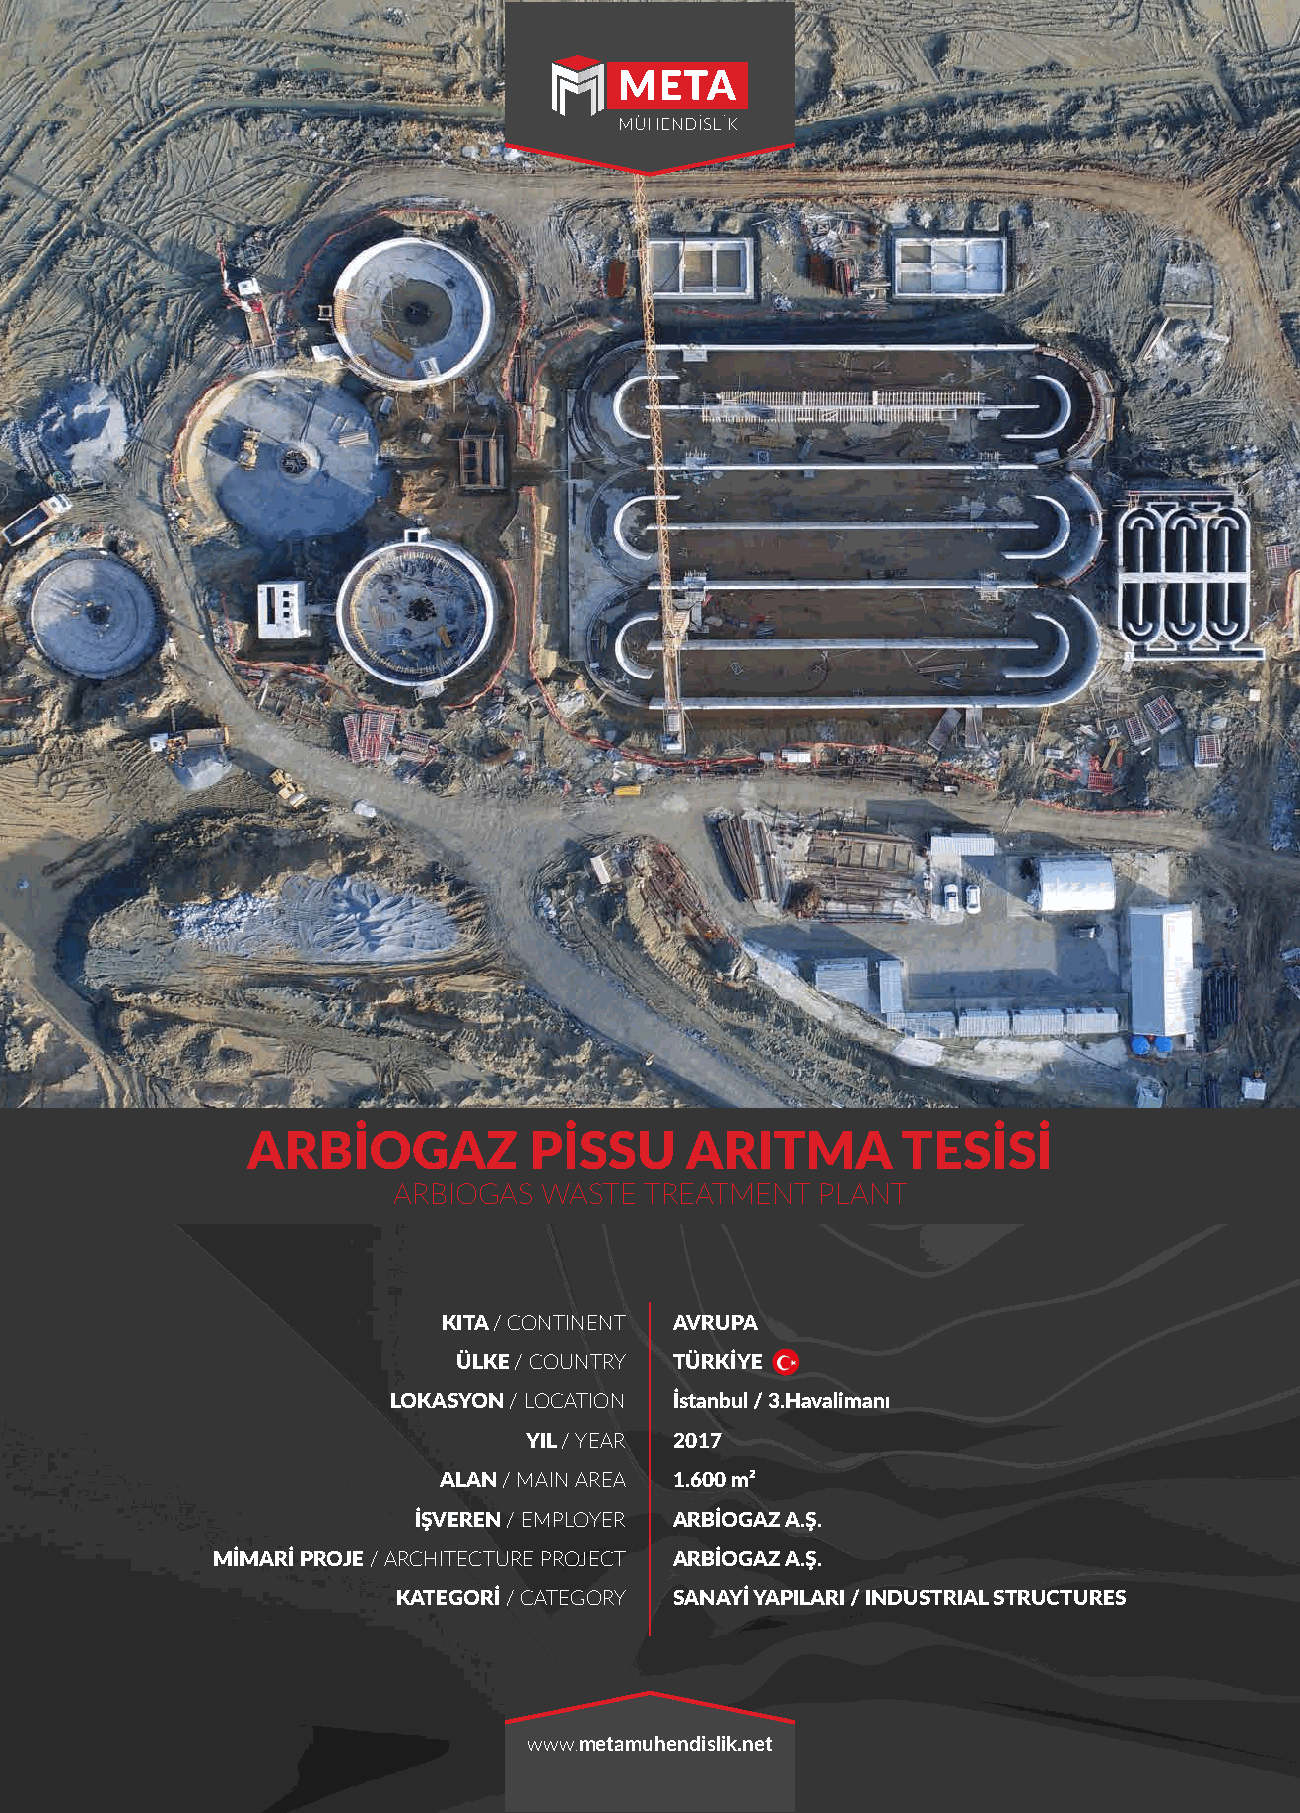
ARBİOGAZ           PİSSU     ARITMA         TESİSİ
 ARBIOGAS  WASTE  TREATMENT  PLANT
 KITA / CONTINENT AVRUPA
 ÜLKE / COUNTRY TÜRKİYE
 LOKASYON / LOCATION İstanbul / 3.Havalimanı
 YIL / YEAR 2017
 ALAN / MAIN AREA 1.600 m²
 İŞVEREN / EMPLOYER ARBİOGAZ A.Ş.
 MİMARİ PROJE / ARCHITECTURE PROJECT ARBİOGAZ A.Ş.
 KATEGORİ / CATEGORY SANAYİ YAPILARI / INDUSTRIAL STRUCTURES
 www.metamuhendislik.net